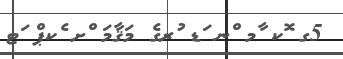
5ގ ޮކ ާމ ްނ ަޑ ުރގެ މަޤާމަ ްށ ެކޕް ަޓ